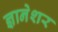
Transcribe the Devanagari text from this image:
ज्ञानेशर